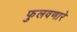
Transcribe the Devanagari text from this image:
फुलवणारे